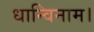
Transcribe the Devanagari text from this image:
धान्विनाम।